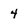
Character: 4